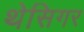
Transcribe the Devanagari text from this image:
थेसिगर